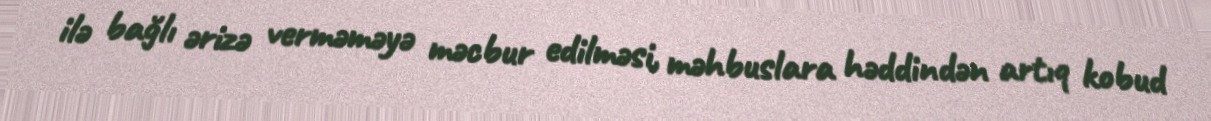
ilə bağlı ərizə verməməyə məcbur edilməsi, məhbuslara həddindən artıq kobud